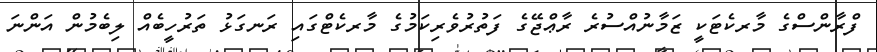
ފްރާންސްގެ މާރކެޓަކީ ޒަމާނުއްސުރެ ރާޢްޖޭގެ ފަތުރުވެރިކަމުގެ މާރކެޓްގައި ރަނގަޅު ތަރުހީބެއް ލިބެމުން އަންނަ